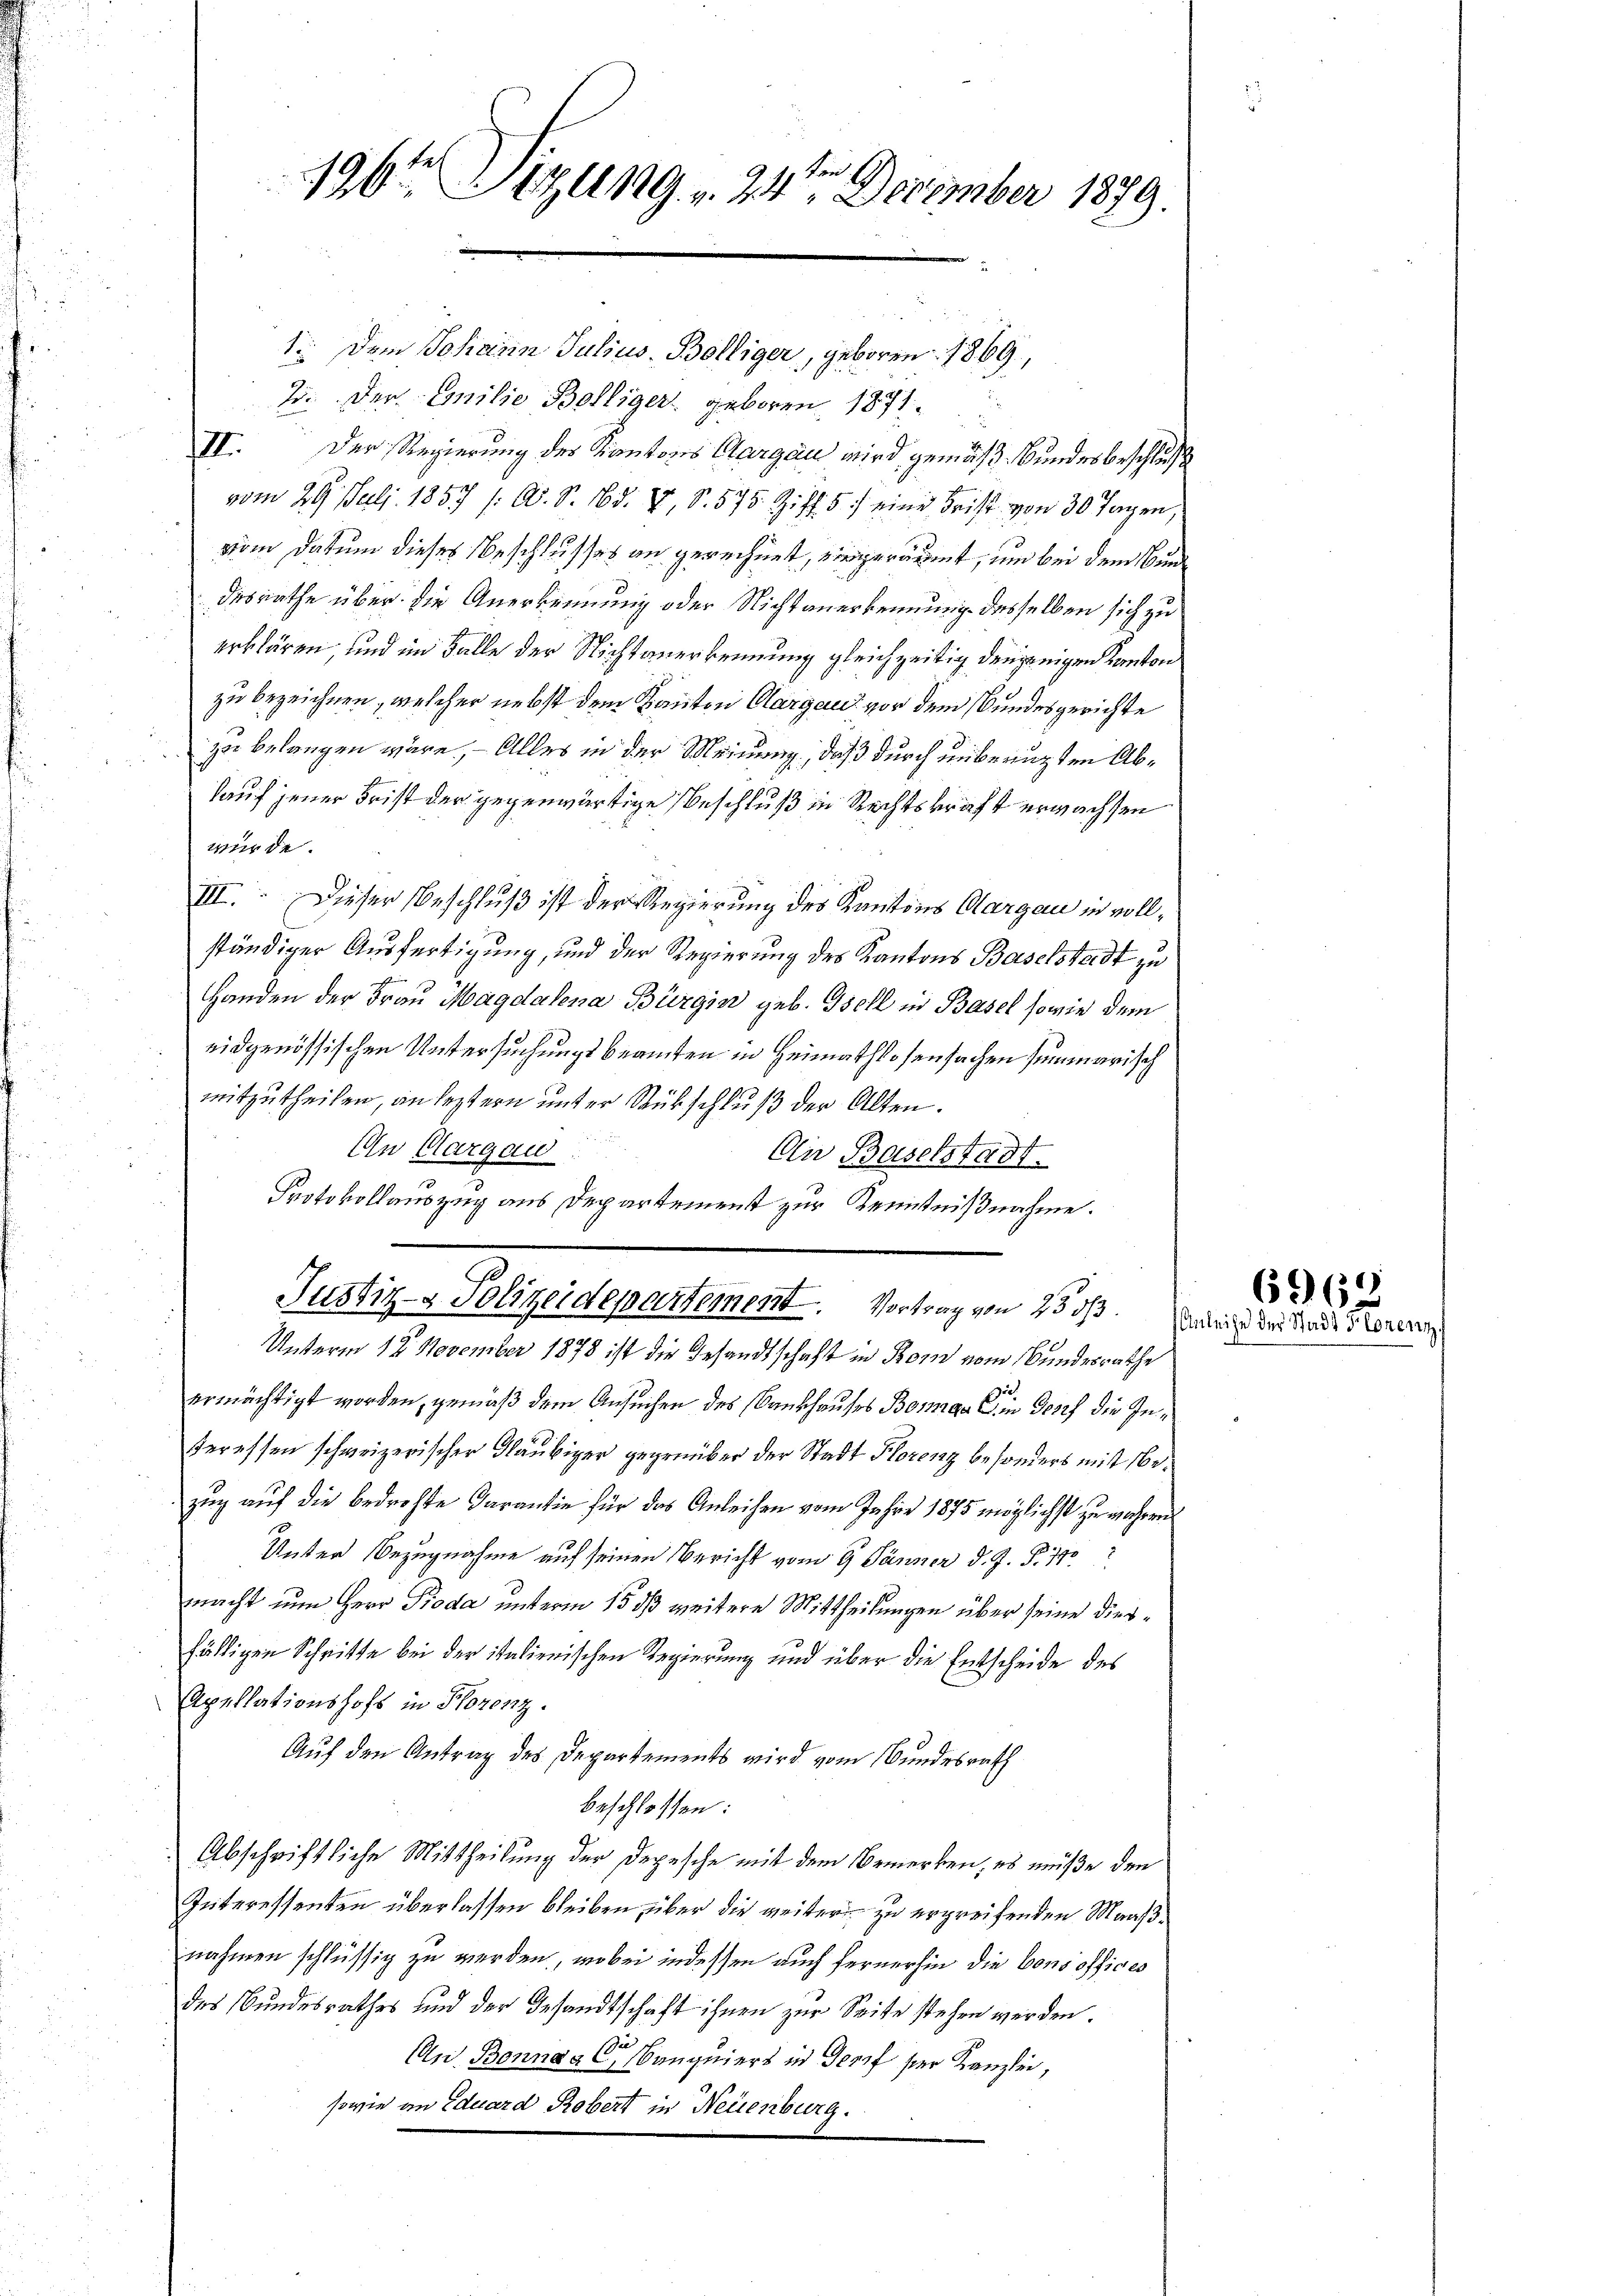
196ten Sigung " 24 December 1879.

1. Dem Johann Julius-Bolliger, geboren 1869,
2. Der Emilie Bolliger geboren 1871.
III. Der Regierung des Kantons Aargau wird gemäß Bundesbeschluß
vom 29. Juli 1857 /: A. S. 163. V, S. 575 Ziff. 5) eine Frist von 30 Tagen,
vom Datum dieses Beschlusses an gerechnet, eingeräumt, um bei dem Bundesrathe über die Anerkennung oder Nichtanerkennung desselben sich zu
erklären, und im Falle der Nichtanerkennung gleichzeitig denjenigen Kanton
zu bezeichnen, welcher nebst dem Kanton Aargau vor dem Bundesgerichte
zu belangen wäre. – Alles in der Meinung, daß durch unberuhten Abkauf jener Frist der gegenwärtige Beschluß in Rechtskraft erwachsen
würde.
III. Dieser Beschluß ist der Regierung des Kantons Aargau in vollständiger Ausfertigung, und der Regierung des Kantons Baselstadt zu
Handen der Frau Magdalena Bürgin geb. Tell in Basel sowie dem
eidgenössischen Untersuchungsbeamten in Heimathlosenfachen summarisch
mitzutheilen, an leztern unter Rückschluß der Alten.
On Aargau
On Baselstadt.
Protokollauszug aus Departement zur Kenntnißnahme.
Justiz- & Polizeidepartement. Vortrag von 25 ds. mich der Lade derer
Unterm 12. November 1878 ist die Gesandtschaft in Rom vom Bundesrathe
i
ermächtigt worden, gemäß dem Ansuchen des Nankhauses Bornga ein Josef die Interessen schweizerischer Gläubiger gegenüber der Stadt Florenz besonders mit bezug auf die bedrohte Darantie für das Anleihen vom Jahre 1875 möglichst zu wahren
Unter Bezugnahme auf seinen Bericht vom 9. Jänner d. J. P. 11
macht nun Herr Proda unterm 15 dß weitere Mittheilungen über seine diesfälligen Schritte bei der italienischen Regierung und über die Entscheide des
Apellationshofs in Florenz.
Auf den Antrag des Departements wird vom Bundesrath
beschlossen:
Abschriftliche Mittheilung der Depesche mit dem Bemerken, es müße den
Interessenten überlassen bleiben, über die weiter zu ergreifenden Maaßnahmen schlüssig zu werden, wobei indessen auch fernerhin die Consoffices
des Bundesrathes und der Gesandtschaft ihnen zur Seite stehen werden.
An Bonna al Canquiers in Torf der Kanzlei,
sowie an Eduard Robert in Neuenburg.

6969